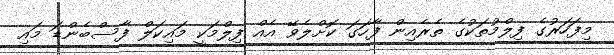
މިފަހަރުގެ ފިލްމުތަކުގެ ތެރެއިން ފާހަގަ ކޮށްލެވޭ އެއް ފިލްމަކީ މައިކަލް ފާސްބެންޑަ މައި